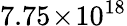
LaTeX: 7.75\! \times\! 10^{18}